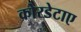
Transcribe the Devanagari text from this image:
कोरडेटाए